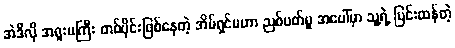
အဲဒီလို အရူးမကြီး တစ်ပိုင်းဖြစ်နေတဲ့ အိမ်ရှင်မဟာ ညစ်ပတ်မှု အပေါ်မှာ သူ့ရဲ့ ပြင်းထန်တဲ့